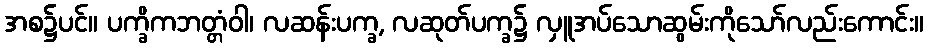
အစ၌ပင်။ ပက္ခိကဘတ္တံဝါ၊ လဆန်းပက္ခ, လဆုတ်ပက္ခ၌ လှူအပ်သောဆွမ်းကိုသော်လည်းကောင်း။